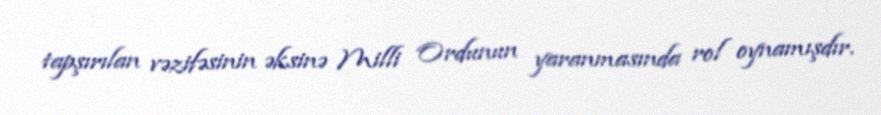
tapşırılan vəzifəsinin əksinə Milli Ordunun yaranmasında rol oynamışdır.